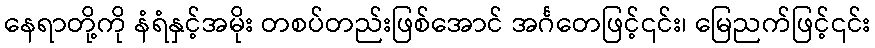
နေရာတို့ကို နံရံနှင့်အမိုး တစပ်တည်းဖြစ်အောင် အင်္ဂတေဖြင့်၎င်း၊ မြေညက်ဖြင့်၎င်း